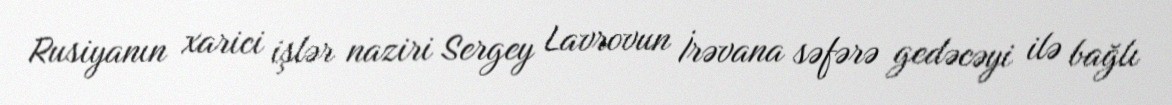
Rusiyanın xarici işlər naziri Sergey Lavrovun İrəvana səfərə gedəcəyi ilə bağlı